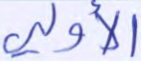
الأولى